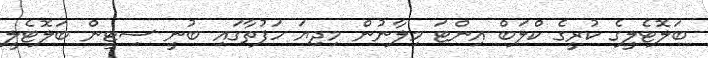
ބަލޮޓެލީގެ ކުރީގެ ކްލަބް އިންޓަ މިލާނުން މިދިޔަ ހަފުތާގައި ބުނީ ސިޓީން ބަލޮޓެލީ